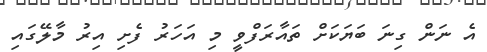
އެ ނަން ގިނަ ބަޔަކަށް ތައާރަފްވީ މި އަހަރު ފެށި އިރު މާލޭގައި